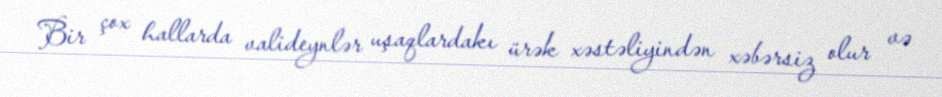
Bir çox hallarda valideynlər uşaqlardakı ürək xəstəliyindən xəbərsiz olur və